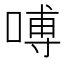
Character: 㗘